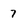
Character: 7